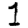
Digit: 1